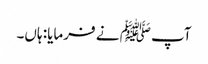
آپﷺ نے فرمایا: ہاں۔